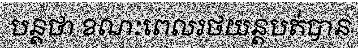
បន្តថា ខណៈពេលរថយន្តបត់បាន